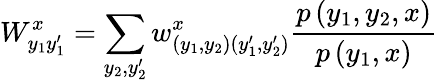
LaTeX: W_{y_{1}y_{1}^{\prime}}^{x}=\sum_{y_{2},y_{2}^{\prime}}w_{(y_{1},y_{2})(y_{1}^{\prime},y_{2}^{\prime})}^{x}\frac{p\left(y_{1},y_{2},x\right)}{p\left(y_{1},x\right)}